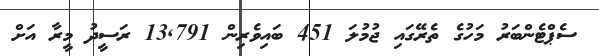
ސެޕްޓެންބަރު މަހުގެ ތެރޭގައި ޖުމުލަ 451 ބައިވެރިން 13